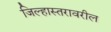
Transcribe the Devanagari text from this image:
जिल्हास्तरावरील